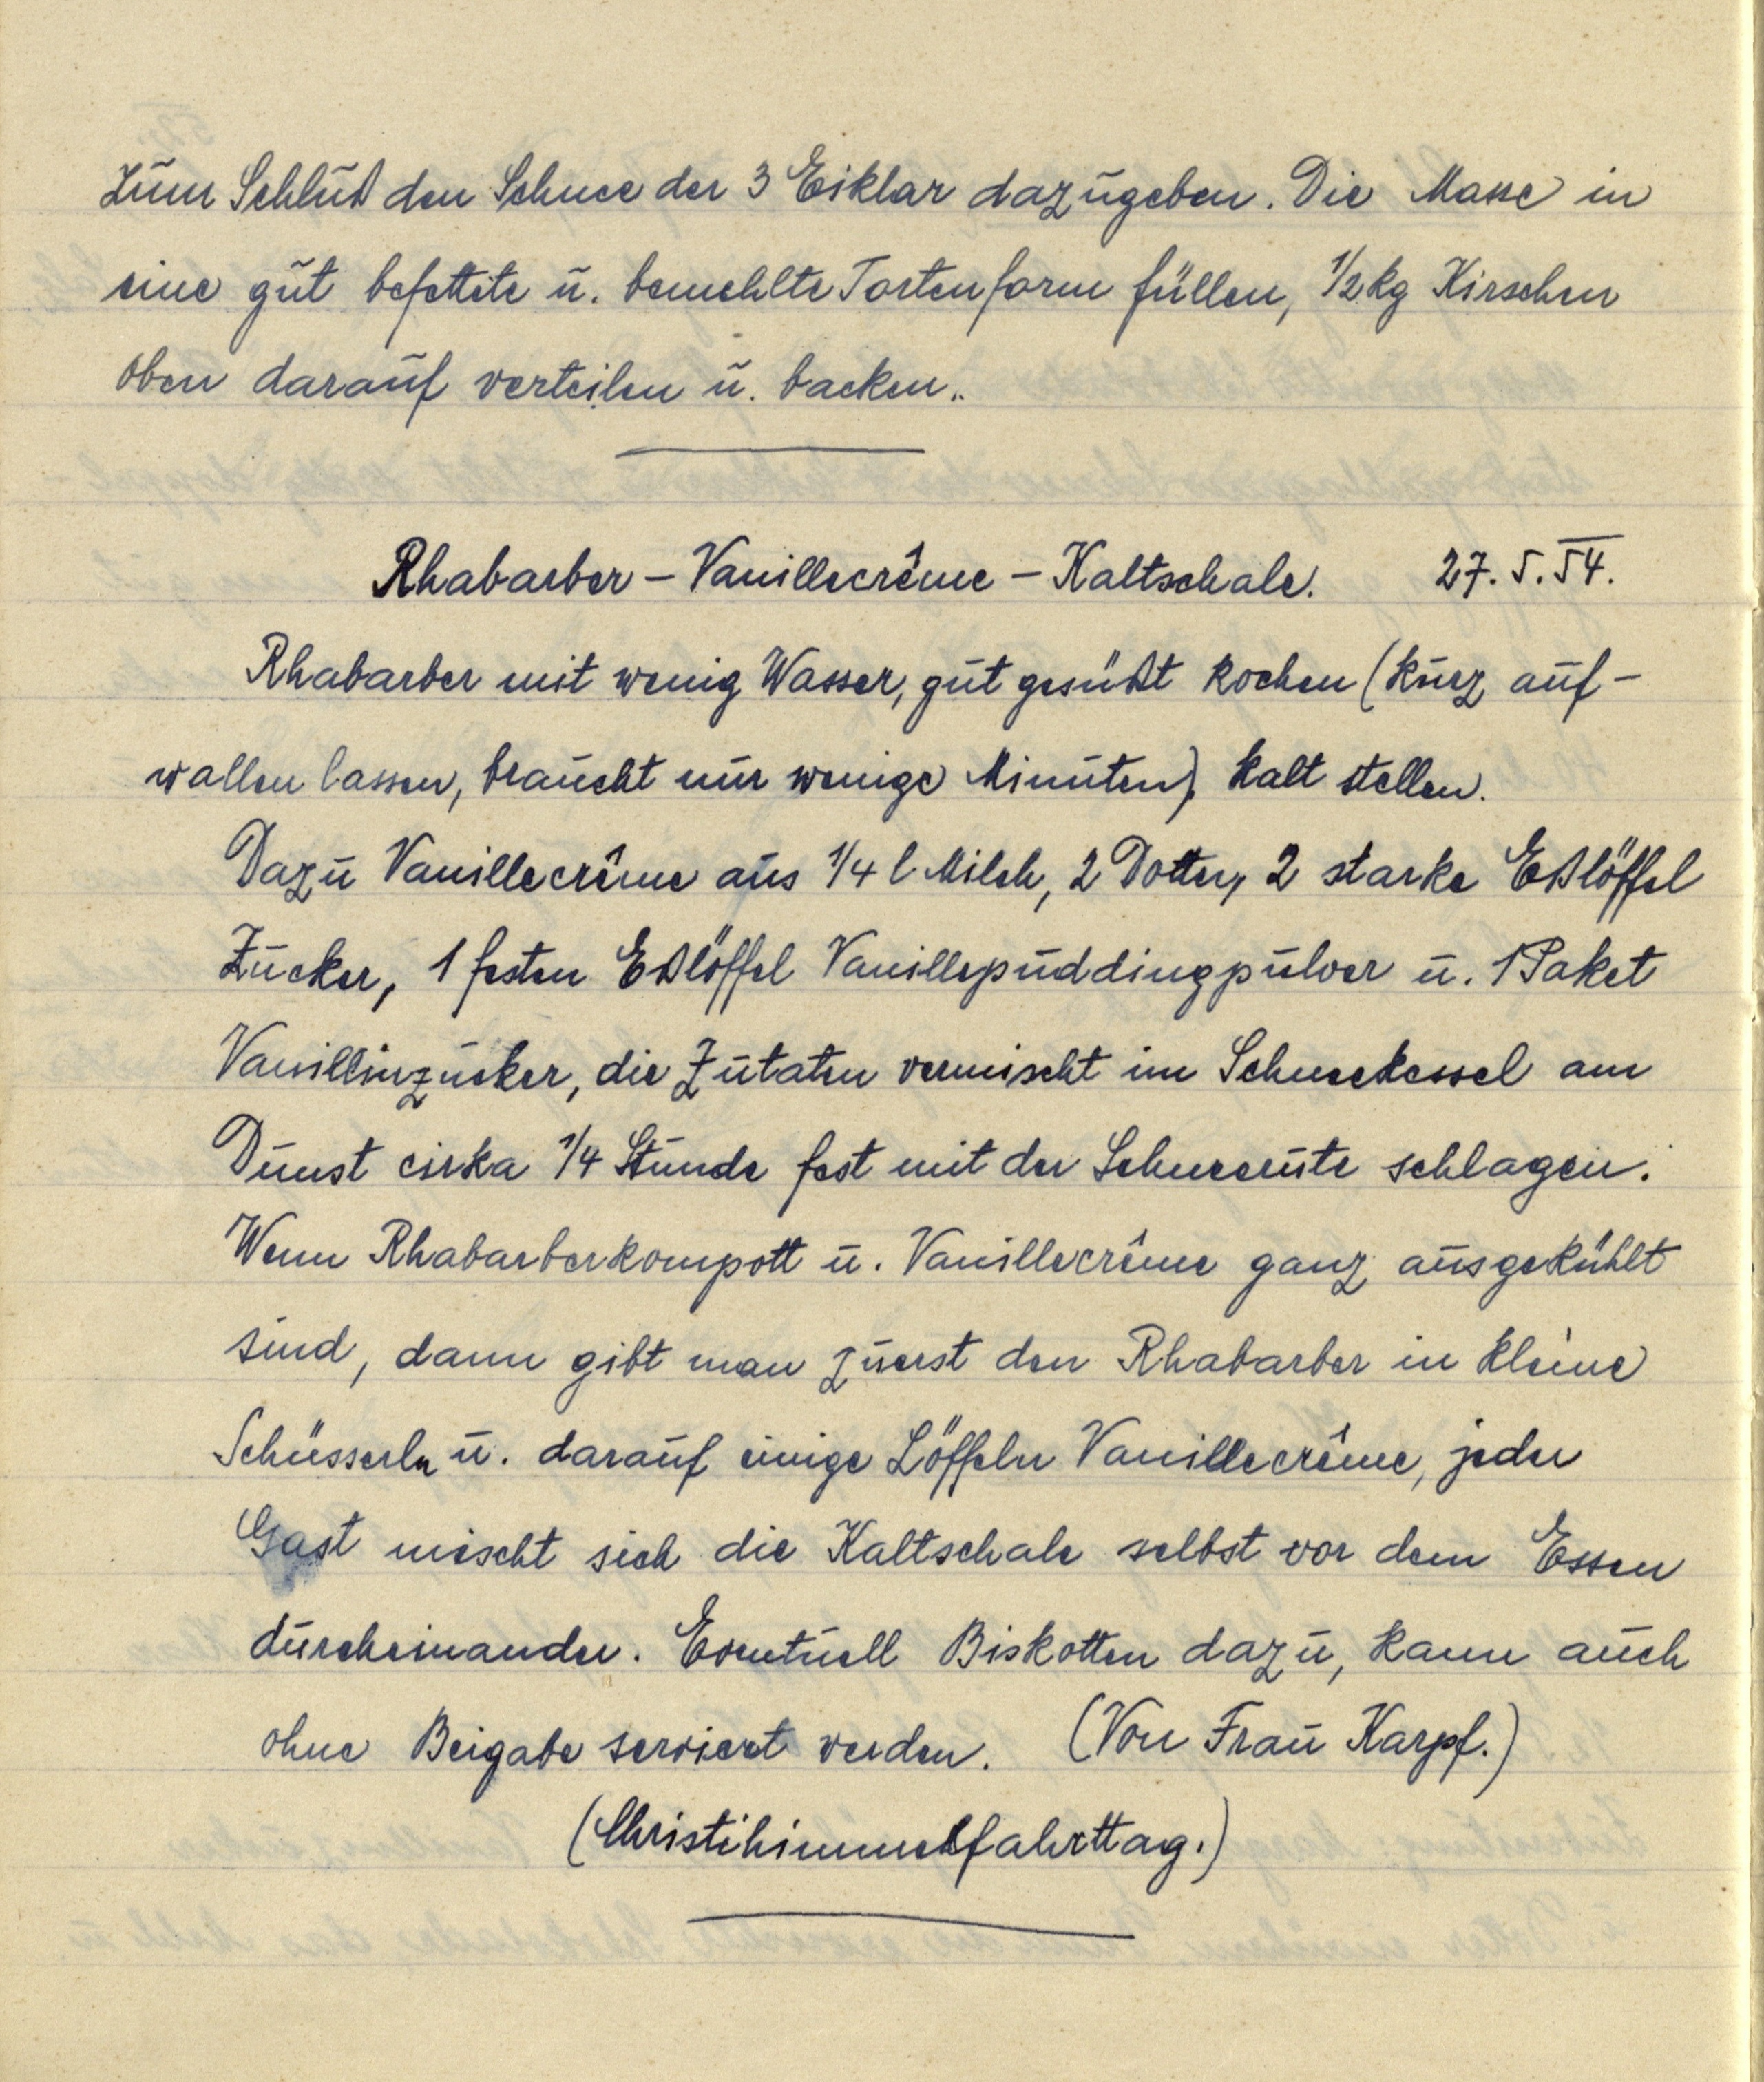
zum Schluß den Schnee der 3 Eiklar dazugeben. Die Masse in
eine gut befettete u. bemehlte Tortenform füllen, ½ kg Kirschen
oben darauf verteilen u. backen.

Rhabarber — Vanillecrême — Kaltschale. 27. 5. 54.
Rhabarber mit wenig Wasser, gut gesüßt kochen (kurz auf¬
wallen lassen, braucht nur wenige Minuten) kalt stellen.
Dazu Vanillecrême aus ¼ l Milch, 2 Dotter, 2 starke Eßlöffel
Zucker, 1 festen Eßlöffel Vanillepuddingpulver u. 1 Paket
Vanillinzucker, die Zutaten vermischt im Schneekessel am
Dunst cirka ¼ Stunde fest mit der Schneerute schlagen.
Wenn Rhabarberkompott u. Vanillecrême ganz ausgekühlt
sind, dann gibt man zuerst den Rhabarber in kleine
Schüsserln u. darauf einige Löffeln Vanillecrême, jeder
Gast mischt sich die Kaltschale selbst vor dem Essen
durcheinander. Eventuell Biskotten dazu, kann auch
ohne Beigabe serviert werden. (Von Frau Karpf.)
(Christihimmelfahrttag.)